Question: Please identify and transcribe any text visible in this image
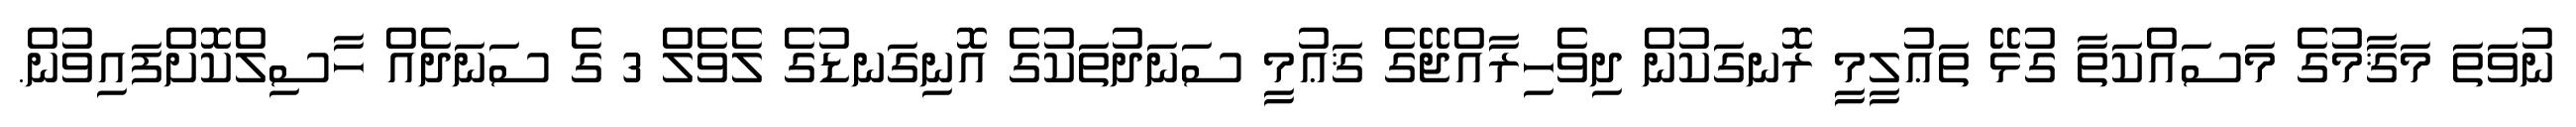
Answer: ނުވަތަ މަޤާމުގެ މަސައްކަތާ ގުޅޭ ތަޢުލީމީ ރޮނގަކުން ދިވެހިރާއްޖޭގެ ޤަޢުމީ ސަނަދުތަކުގެ އޮނިގަނޑުގެ ލެވެލް 3 ގެ ސަނަދެއް ހާސިލްކޮށްފައިވުން.